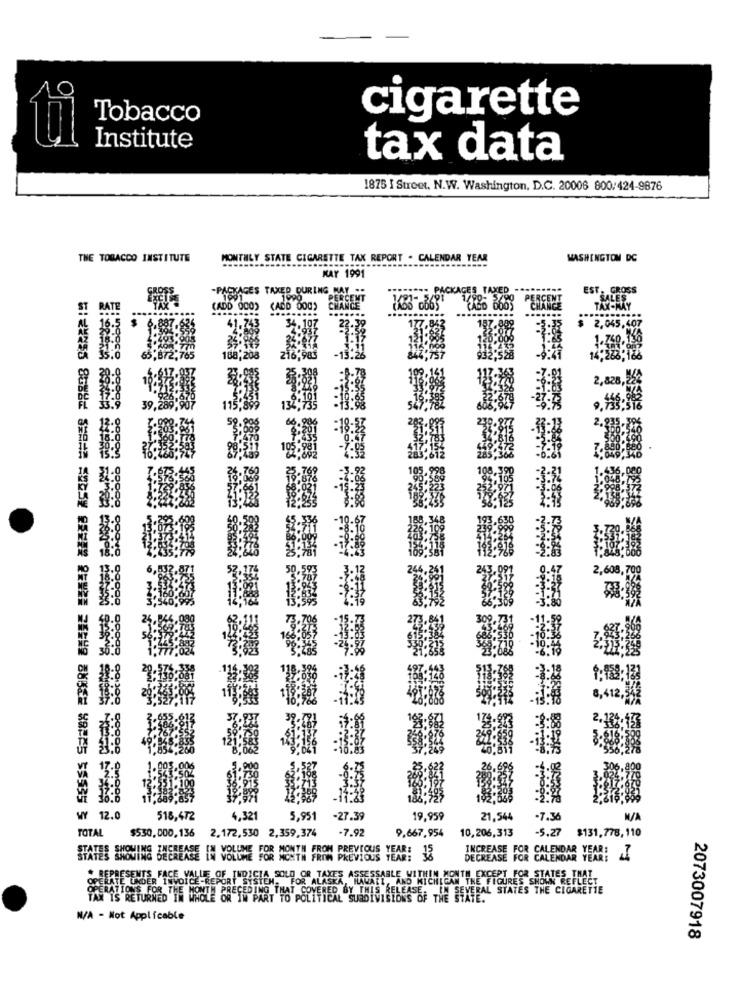
Tobacco
cigarette
Institute
tax data
1875 I Street, N.W. Washington, D.C. 20006 800:424-9876
THE TOBACCO INSTITUTE
MONTHLY STATE CIGARETTE TAX REPORT . CALENDAR YEAR
WASHINGTON DC
MAY 1991
-PACKAGES TAXED DURING MAY .
IST. CROSS
1990
(ADD 000)
CADD DD0)
..
CHANCE
2,045,407
41.743
34. 107
23.35
6.985
188,208
WY 12.0
518,472
4,321
5,951
-27.39
19.959
21.544
-7.56
TOTAL
$530.000,136
2.172,530 2,359,374
-7.92
9.667,954
10,206,313
-5.27
$131.778,110
STATES SHOWING INCREASE
SHOWING INCREASE [W VOLUME FOR MONTH FROM PREVIOUS YEAR:
FOR CALENDAR YEAR:
ES SHOWING DECREASE IN VOLUME FOR MONTH FROM PREVIOUS YEAR!
DECREASE
DECREASE FOR CALENDAR Y
REPRESENTS FACE VALLE OF INDICIA SOLD OR TAXES ASSESSABLE WITHIN MONTH EXCEPT FOR STATES THA
ERATE UNDER INVOICE-REPORT SYSTEN. FOR ALASKA, HAWAII, AND MICHIGAN THE FIGURES SHOWN REFLE
UNDER
ERATIONS FOR THE MONTH PRECEDING THAT COVERED BY THIS RELEASE. IN SEVERAL STATES THE CIGARE
1. AND MICHIGAN THE FIGURES SHOWN
CE SEVERAL STATES THE CIGARETTE
IS RETURNED IN WHOLE OR IN PART TO POLITICAL SURDIVISIONS OF THE STATE.
N/A - Not Applicable
2073007918